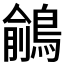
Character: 𪃎